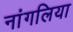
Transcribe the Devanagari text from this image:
नांगलिया